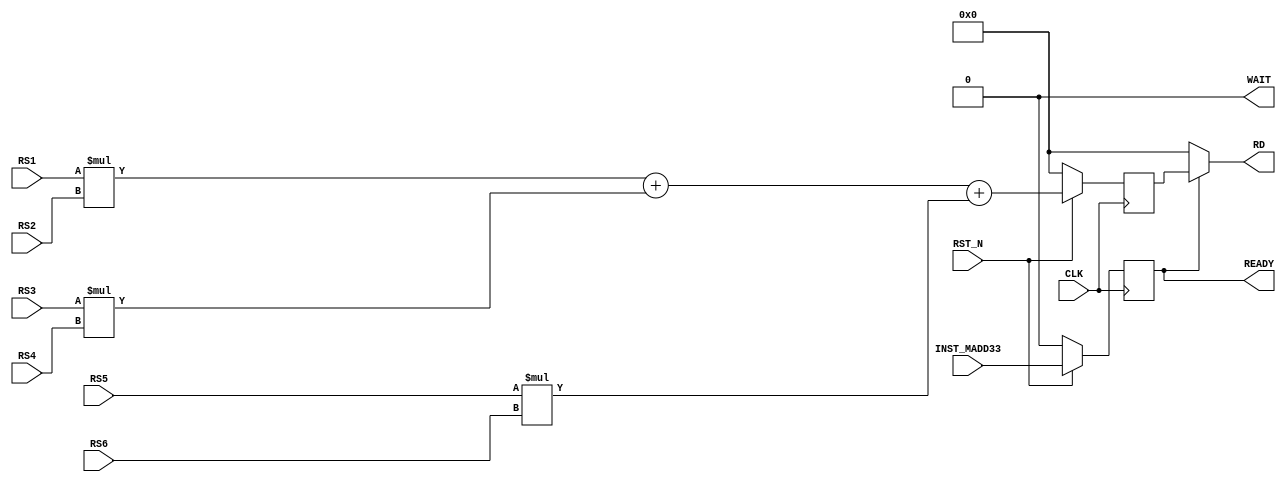
module fmrv32im_madd33
  (
   input        RST_N,
   input        CLK,

   input        INST_MADD33,

   input [31:0] RS1,
   input [31:0] RS2,
   input [31:0] RS3,
   input [31:0] RS4,
   input [31:0] RS5,
   input [31:0] RS6,

   output       WAIT,
   output       READY,
   output [31:0] RD
   );

   reg rslt_active;
   reg [31:0] rslt;

    always @(posedge CLK) begin
      if(!RST_N) begin
         rslt_active <= 0;
      end else begin
         rslt_active <= INST_MADD33;
      end
    end

    always @(posedge CLK) begin
      if(!RST_N) begin
         rslt <= 0;
      end else begin
         rslt <= ($signed(RS1) * $signed(RS2)) + 
                 ($signed(RS3) * $signed(RS4)) + 
                 ($signed(RS5) * $signed(RS6));
      end
    end

    assign RD    = (rslt_active)?rslt:32'd0;
    assign READY = rslt_active;
    assign WAIT  = 0;
endmodule